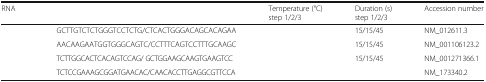
<table><thead><tr><td><b>RNA</b></td><td>[EMPTY_CELL]</td><td><b>Temperature (°C) step 1/2/3</b></td><td><b>Duration (s) step 1/2/3</b></td><td><b>Accession number</b></td></tr></thead><tbody><tr><td>[EMPTY_CELL]</td><td>GCTTGTCTCTGGGTCCTCTG/CTCACTGGGACAGCACAGAA</td><td>[EMPTY_CELL]</td><td>15/15/45</td><td>NM_012611.3</td></tr><tr><td>[EMPTY_CELL]</td><td>AACAAGAATGGTGGGCAGTC/CCTTTCAGTCCTTTGCAAGC</td><td>[EMPTY_CELL]</td><td>15/15/45</td><td>NM_001106123.2</td></tr><tr><td>[EMPTY_CELL]</td><td>TCTTGGCACTCACAGTCCAG/ GCTGGAAGCAAGTGAAGTCC</td><td>[EMPTY_CELL]</td><td>15/15/45</td><td>NM_001271366.1</td></tr><tr><td>[EMPTY_CELL]</td><td>TCTCCGAAAGCGGATGAACAC/CAACACCTTGAGGCGTTCCA</td><td>[EMPTY_CELL]</td><td>[EMPTY_CELL]</td><td>NM_173340.2</td></tr></tbody></table>